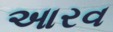
આરવ